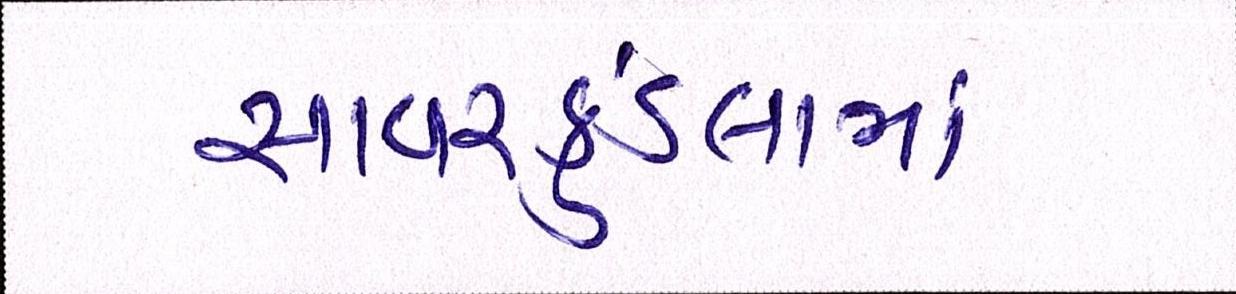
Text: સાવરકુંડલામાં